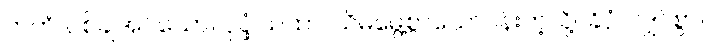
ကတံ၊ ပစ်ချအပ်သော။ ပုပ္ဖံ ယထာ၊ သိမ်မွေ့စွာသောပန်းကဲ့သို့။ ခိပ္ပံ၊ လျှင်စွာ။